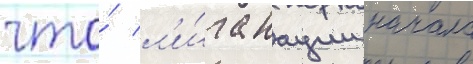
что́ л'и́га нации начала